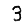
Digit: 3